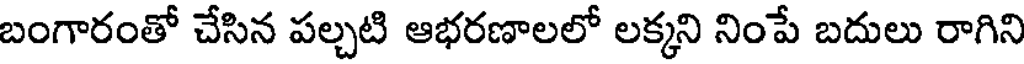
బంగారంతో చేసిన పల్చటి ఆభరణాలలో లక్కని నింపే బదులు రాగిని